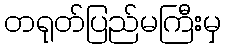
တရုတ်ပြည်မကြီးမှ